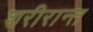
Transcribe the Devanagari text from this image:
शरीरान्त